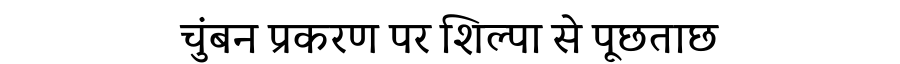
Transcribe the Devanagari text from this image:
चुंबन प्रकरण पर शिल्पा से पूछताछ